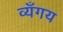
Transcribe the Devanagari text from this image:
व्यँगय